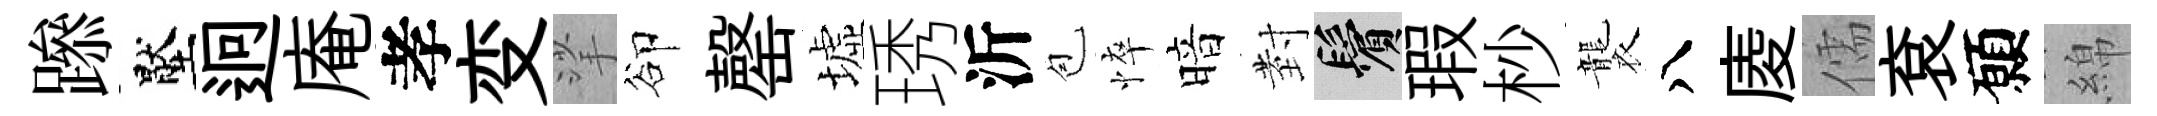
𨅶壓迥庵孝变挲卻罄墟琇沂苞悴暗𭔹鬢瑕杪襲八庱儒袞願綿